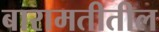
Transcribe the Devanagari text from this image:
बारामतीतील